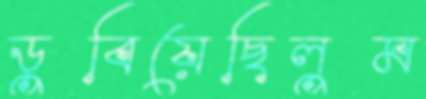
ডুবিয়েছিলুম